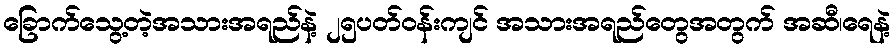
ခြောက်သွေ့တဲ့အသားအရည်နဲ့ ၂၅ပတ်ဝန်းကျင် အသားအရည်တွေအတွက် အဆီ၊ရေနဲ့